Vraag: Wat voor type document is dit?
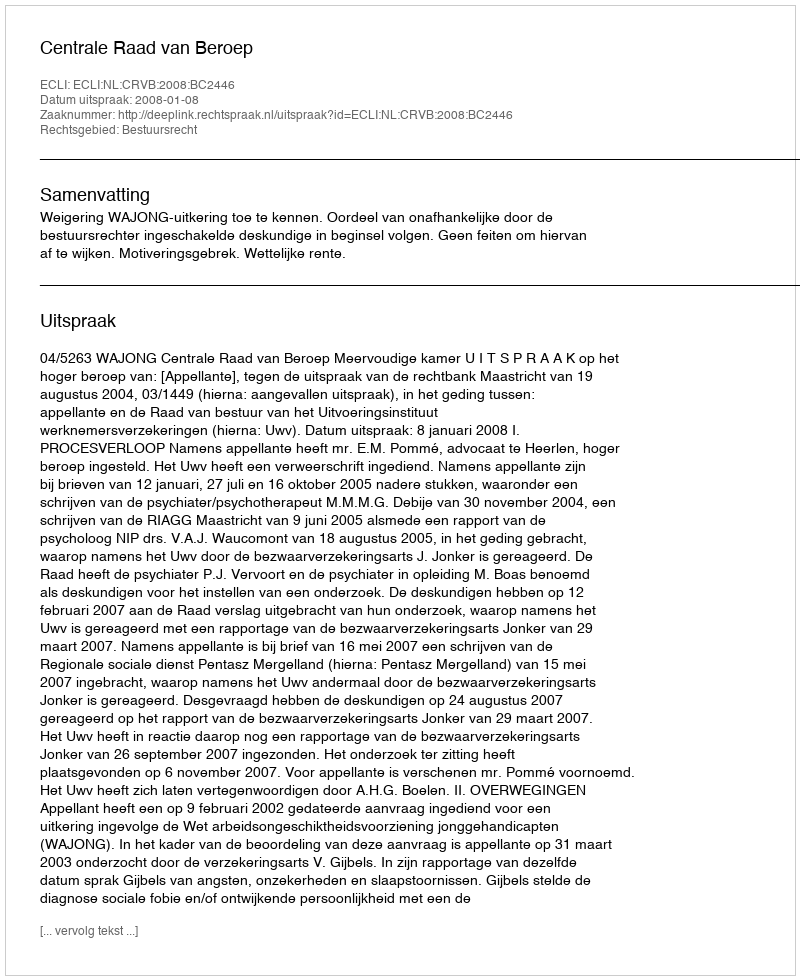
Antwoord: Uitspraak